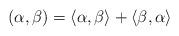
LaTeX: \begin{align*}(\alpha,\beta)=\langle \alpha,\beta\rangle+\langle \beta,\alpha\rangle\end{align*}